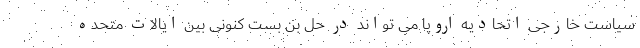
سیاست خارجی اتحادیه اروپا می تواند در حل بن بست کنونی بین ایالات متحده